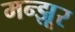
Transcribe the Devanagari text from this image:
मन्झूर